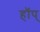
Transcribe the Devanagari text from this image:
हॉप्